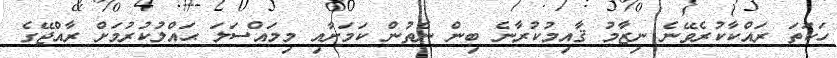
ހަކަތަ ރައްކާކުރެވޭނެ ނިޒާމު ޤާއިމުކުރާނެ ބިން ނެތުން ކަމަށާއި މިމައްސަލަ ޙައްލުކުރުމަށް ރާއްޖޭގެ